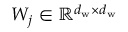
W _ { j } \in \mathbb { R } ^ { d _ { \mathrm { w } } \times d _ { \mathrm { w } } }